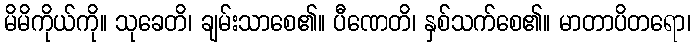
မိမိကိုယ်ကို။ သုခေတိ၊ ချမ်းသာစေ၏။ ပီဏေတိ၊ နှစ်သက်စေ၏။ မာတာပိတရော၊